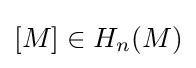
[M]\in H_{n}(M)